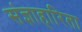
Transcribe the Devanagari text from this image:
संज्ञाहारिता